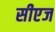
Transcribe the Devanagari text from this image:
सीएज